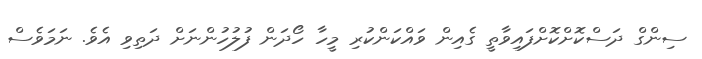
ސިންގް ދަސްކޮށްކޮށްފައިވާތީ ގެއިން ވައްކަންކުރި މީހާ ހޯދަން ފުލުހުންނަށް ދަތިވި އެވެ. ނަމަވެސް